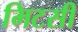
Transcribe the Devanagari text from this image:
मिटसी